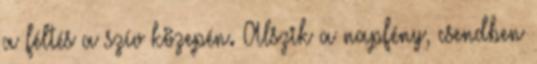
a féltés a szív közepén. Alszik a napfény, csendben